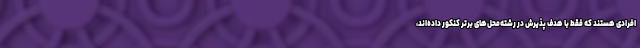
افرادی هستند که فقط با هدف پذیرش در رشته‌محل‌های برتر کنکور داده‌اند،